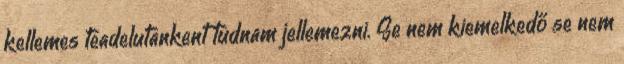
kellemes teadelutankent tudnam jellemezni. Se nem kiemelkedő se nem